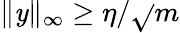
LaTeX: \| \mathit{y}\| _{\infty}\ge\eta/\sqrt{}{{m}}